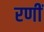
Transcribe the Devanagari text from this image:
रणीं